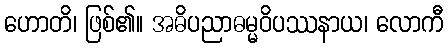
ဟောတိ၊ ဖြစ်၏။ အဓိပညာဓမ္မဝိပဿနာယ၊ လောကီ